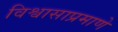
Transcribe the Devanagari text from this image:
विश्वासाप्रमाणे